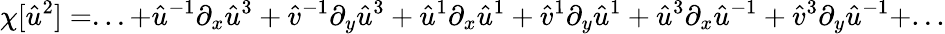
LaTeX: \chi[\hat{u}^{2}]=...+\hat{u}^{-1}\partial_{x}\hat{u}^{3}+\hat{v}^{-1}\partial_{y}\hat{u}^{3}+\hat{u}^{1}\partial_{x}\hat{u}^{1}+\hat{v}^{1}\partial_{y}\hat{u}^{1}+\hat{u}^{3}\partial_{x}\hat{u}^{-1}+\hat{v}^{3}\partial_{y}\hat{u}^{-1}+...